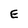
Character: E